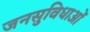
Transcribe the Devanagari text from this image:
जनसुविधाओं